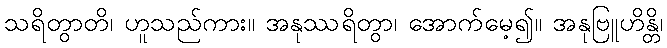
သရိတွာတိ၊ ဟူသည်ကား။ အနုဿရိတွာ၊ အောက်မေ့၍။ အနုဗြူဟိန္တိ၊